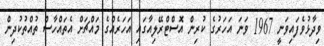
ވިދާޅުވެފައިވަނީ 1967 ވަނަ އަހަރުގެ ކުރިން އޮސްޓްރޭލިއާގައި އަހަރެއްގެ މައްޗަށް އެތައްހާސް ތުއްތުކުދިން